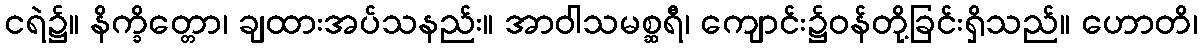
ငရဲ၌။ နိက္ခိတ္တော၊ ချထားအပ်သနည်း။ အာဝါသမစ္ဆရီ၊ ကျောင်း၌ဝန်တို့ခြင်းရှိသည်။ ဟောတိ၊